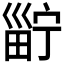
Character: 𤲑